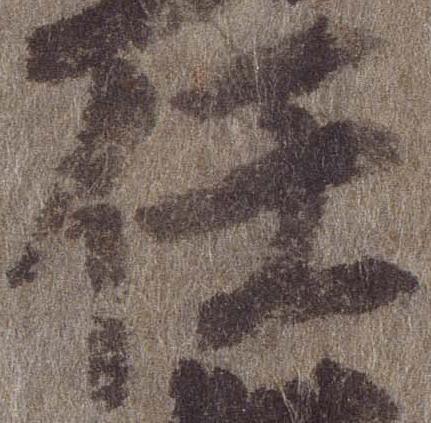
任